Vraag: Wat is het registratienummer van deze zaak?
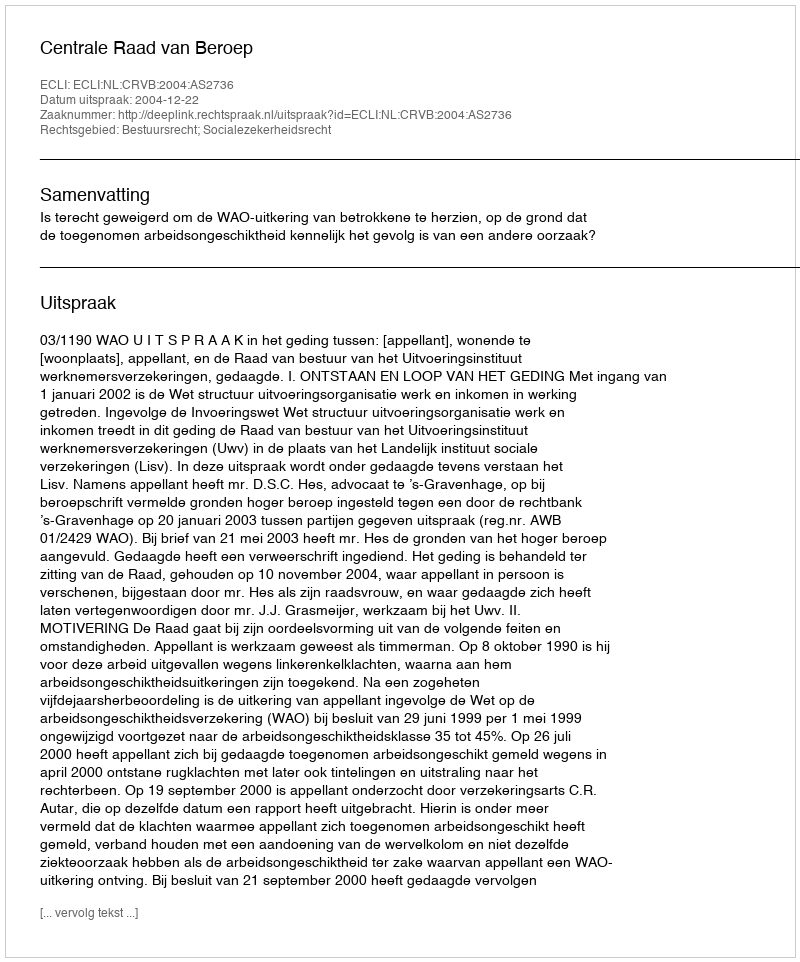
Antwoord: http://deeplink.rechtspraak.nl/uitspraak?id=ECLI:NL:CRVB:2004:AS2736